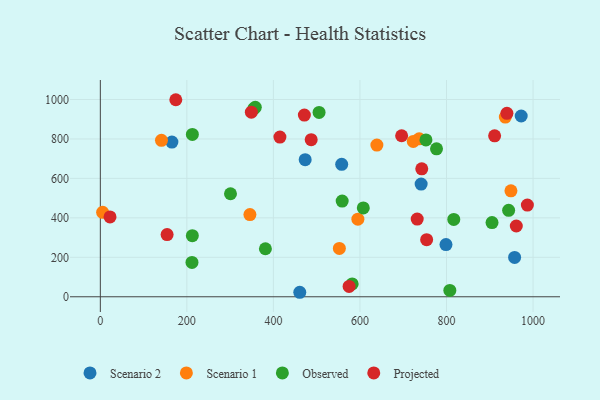
{"axis": {"x": "Investment", "y": "Profit"}, "legend": ["Observed", "Projected", "Scenario 1", "Scenario 2"], "data": [{"x": "473.4", "y": 695.1, "type": "Scenario 2"}, {"x": "460.9", "y": 22.8, "type": "Scenario 2"}, {"x": "798.8", "y": 264.8, "type": "Scenario 2"}, {"x": "557.8", "y": 671.6, "type": "Scenario 2"}, {"x": "741.4", "y": 571.1, "type": "Scenario 2"}, {"x": "972.6", "y": 916.2, "type": "Scenario 2"}, {"x": "957.4", "y": 199.3, "type": "Scenario 2"}, {"x": "165.4", "y": 784.2, "type": "Scenario 2"}, {"x": "935.9", "y": 911.0, "type": "Scenario 1"}, {"x": "595.2", "y": 393.2, "type": "Scenario 1"}, {"x": "141.3", "y": 792.9, "type": "Scenario 1"}, {"x": "736.9", "y": 800.4, "type": "Scenario 1"}, {"x": "552.4", "y": 245.2, "type": "Scenario 1"}, {"x": "5.3", "y": 427.9, "type": "Scenario 1"}, {"x": "639.1", "y": 768.9, "type": "Scenario 1"}, {"x": "345.7", "y": 416.9, "type": "Scenario 1"}, {"x": "723.2", "y": 787.4, "type": "Scenario 1"}, {"x": "948.9", "y": 537.1, "type": "Scenario 1"}, {"x": "582.0", "y": 65.0, "type": "Observed"}, {"x": "905.2", "y": 375.9, "type": "Observed"}, {"x": "752.5", "y": 794.9, "type": "Observed"}, {"x": "381.5", "y": 243.3, "type": "Observed"}, {"x": "358.1", "y": 960.1, "type": "Observed"}, {"x": "300.8", "y": 522.1, "type": "Observed"}, {"x": "211.8", "y": 174.2, "type": "Observed"}, {"x": "212.7", "y": 823.1, "type": "Observed"}, {"x": "943.6", "y": 438.3, "type": "Observed"}, {"x": "354.7", "y": 953.5, "type": "Observed"}, {"x": "212.6", "y": 309.8, "type": "Observed"}, {"x": "776.9", "y": 749.9, "type": "Observed"}, {"x": "558.9", "y": 485.1, "type": "Observed"}, {"x": "505.5", "y": 934.6, "type": "Observed"}, {"x": "816.8", "y": 392.3, "type": "Observed"}, {"x": "807.7", "y": 32.3, "type": "Observed"}, {"x": "607.7", "y": 450.2, "type": "Observed"}, {"x": "415.0", "y": 809.6, "type": "Projected"}, {"x": "742.8", "y": 648.6, "type": "Projected"}, {"x": "349.0", "y": 935.7, "type": "Projected"}, {"x": "696.3", "y": 816.3, "type": "Projected"}, {"x": "487.3", "y": 796.2, "type": "Projected"}, {"x": "939.6", "y": 929.7, "type": "Projected"}, {"x": "754.1", "y": 289.3, "type": "Projected"}, {"x": "732.3", "y": 393.7, "type": "Projected"}, {"x": "574.9", "y": 52.2, "type": "Projected"}, {"x": "174.4", "y": 998.8, "type": "Projected"}, {"x": "471.5", "y": 920.9, "type": "Projected"}, {"x": "911.2", "y": 815.8, "type": "Projected"}, {"x": "986.9", "y": 465.0, "type": "Projected"}, {"x": "22.4", "y": 404.5, "type": "Projected"}, {"x": "961.3", "y": 358.7, "type": "Projected"}, {"x": "154.3", "y": 315.4, "type": "Projected"}]}